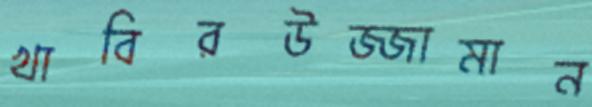
খাবিরউজ্জামান